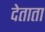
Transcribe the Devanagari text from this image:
देताता